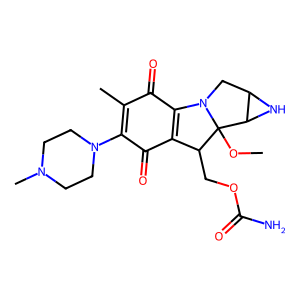
SMILES: COC12C(COC(N)=O)C3=C(C(=O)C(C)=C(N4CCN(C)CC4)C3=O)N1CC1NC12
Inhibits HIV replication: No